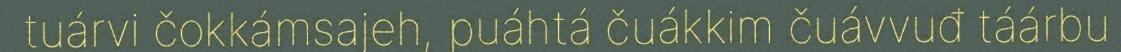
tuárvi čokkámsajeh, puáhtá čuákkim čuávvuđ táárbu